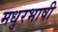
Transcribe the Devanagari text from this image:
मधुरभाषी